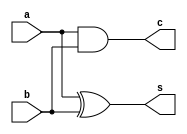
`timescale 1ns / 1ps
/////////////////////////////////////////////////////////////////////////////////

//Assignment Number: 1
//Problem number: 1a
//Group Number: 12
//Names of group members: K Sai Santhoshi Niharika(19CS10037),Surkanti Akshitha(19CS30049)

//////////////////////////////////////////////////////////////////////////////////
module half_adder(a,b,s,c);
	input  a;
	input  b;
   output s;
   output c;
 
   assign s   = a ^ b; 
   assign c = a & b; 


endmodule

////////////////////////////////////////////////////////////////////////////////////////////////////

//Delay:               1.066ns (Levels of Logic = 3)
//  Source:            a (PAD)
//  Destination:       s (PAD)

//  Data Path: a to s
//                                Gate     Net
//    Cell:in->out      fanout   Delay   Delay  Logical Name (Net Name)
//    ----------------------------------------  ------------
//     IBUF:I->O             2   0.001   0.542  a_IBUF (a_IBUF)
//     LUT2:I0->O            1   0.124   0.399  c1 (c_OBUF)
//     OBUF:I->O                 0.000          c_OBUF (c)
//    ----------------------------------------
//    Total                      1.066ns (0.125ns logic, 0.941ns route)
//                                       (11.7% logic, 88.3% route)

////////////////////////////////////////////////////////////////////////////////////////////////////